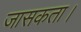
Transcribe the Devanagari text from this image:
जासकता।